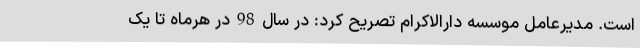
است. مدیرعامل موسسه دارالاکرام تصریح کرد: در سال98در هرماه تا یک‌